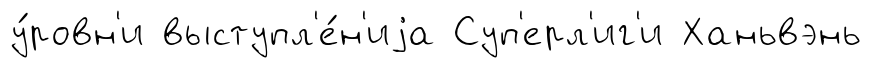
у́ровн'и выступл'е́н'иjа Суп'ерл'иг'и Ханьвэнь